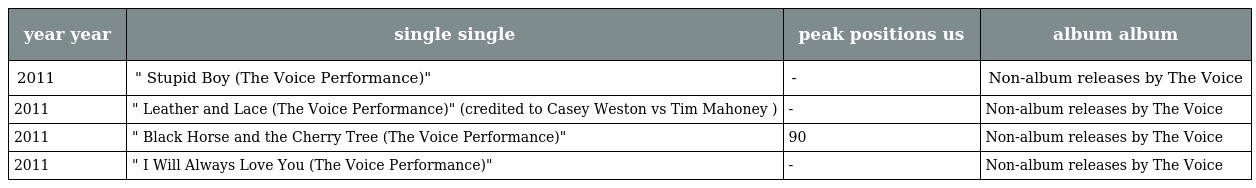
| year year | single single | peak positions us | album album |
 | --- | --- | --- | --- |
 | 2011 | " Stupid Boy (The Voice Performance)" | - | Non-album releases by The Voice |
 | 2011 | " Leather and Lace (The Voice Performance)" (credited to Casey Weston vs Tim Mahoney ) | - | Non-album releases by The Voice |
 | 2011 | " Black Horse and the Cherry Tree (The Voice Performance)" | 90 | Non-album releases by The Voice |
 | 2011 | " I Will Always Love You (The Voice Performance)" | - | Non-album releases by The Voice |